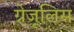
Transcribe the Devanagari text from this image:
ग्रेजूलिस